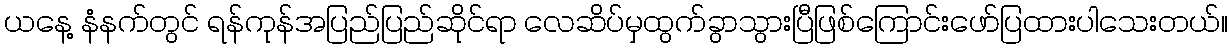
ယနေ့ နံနက်တွင် ရန်ကုန်အပြည်ပြည်ဆိုင်ရာ လေဆိပ်မှထွက်ခွာသွားပြီဖြစ်ကြောင်းဖော်ပြထားပါသေးတယ်။